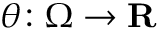
\theta \colon \Omega \rightarrow \mathbf { R }